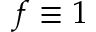
f \equiv 1